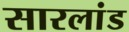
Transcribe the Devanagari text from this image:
सारलांड